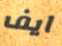
ايف